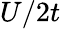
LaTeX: U/2t